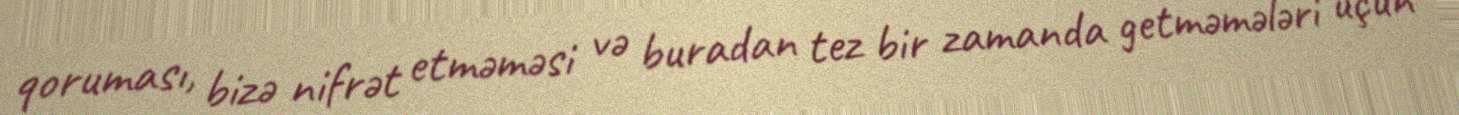
qoruması, bizə nifrət etməməsi və buradan tez bir zamanda getməmələri üçün